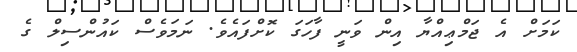
ކަމަށް އެ ޖަމްޢިއްޔާ އިން ވަނީ ފާހަގަ ކޮށްފައެވެ. ނަމަވެސް ކައުންސިލް ގެ